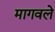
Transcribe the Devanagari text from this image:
मागवले